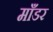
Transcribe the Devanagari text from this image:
माँडर